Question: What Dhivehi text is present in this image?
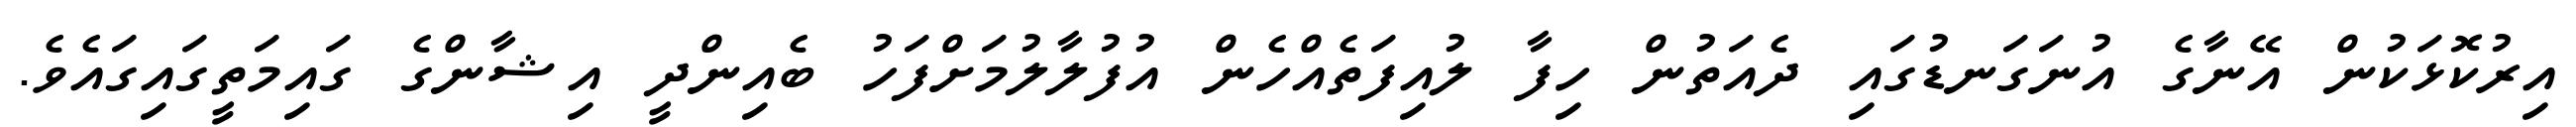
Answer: އިރުކޮޅަކުން އޭނާގެ އުނަގަނޑުގައި ދެއަތުން ހިފާ ލުއިފަތެއްހެން އުފުލާލުމަށްފަހު ބެއިންދީ އިޝާންގެ ގައިމަތީގައިގައެވެ.